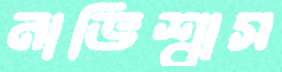
নাভিশ্বাস